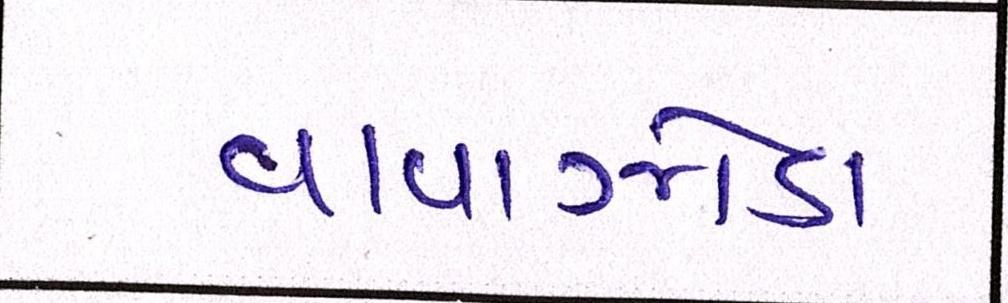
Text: વાવાઝોડા